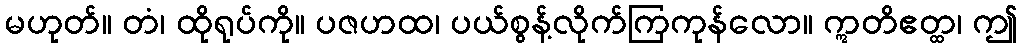
မဟုတ်။ တံ၊ ထိုရုပ်ကို။ ပဇဟထ၊ ပယ်စွန့်လိုက်ကြကုန်လော။ ဣတိဧတ္ထ၊ ဤ